Indian journal of veterinary science and animal husbandry - Volume 6,
Year: 1936
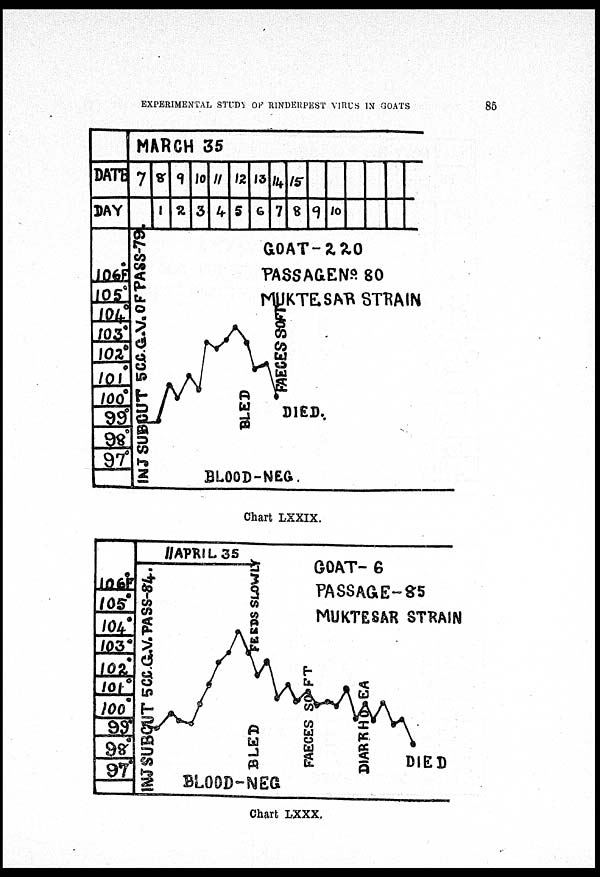
EXPERIMENTAL STUDY OF RINDERPEST VIRUS IN GOATS
85
Chart LXXIX.
Chart LXXX.